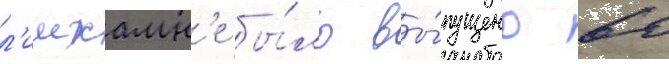
л'имхамн'е бы́ло вы́пущено 60